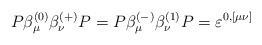
\begin{align*}P\beta _\mu ^{(0)}\beta _\nu ^{(+)}P=P\beta _\mu ^{(-)}\beta _\nu^{(1)}P=\varepsilon ^{0,[\mu \nu ]}\end{align*}